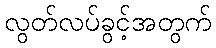
လွတ်လပ်ခွင့်အတွက်